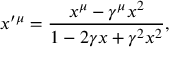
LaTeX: x ^ { \prime } { } ^ { \mu } = \frac { x ^ { \mu } - \gamma ^ { \mu } x ^ { 2 } } { 1 - 2 \gamma x + \gamma ^ { 2 } x ^ { 2 } } ,